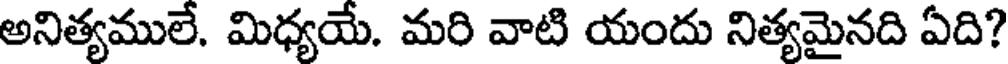
అనిత్యములే. మిధ్యయే. మరి వాటి యందు నిత్యమైనది ఏది?